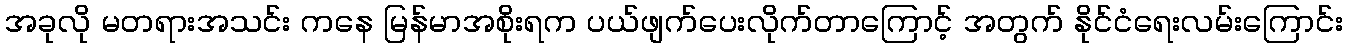
အခုလို မတရားအသင်း ကနေ မြန်မာအစိုးရက ပယ်ဖျက်ပေးလိုက်တာကြောင့် အတွက် နိုင်ငံရေးလမ်းကြောင်း